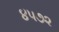
૪૫૭૨